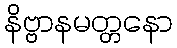
နိဗ္ဗာနမတ္တနော